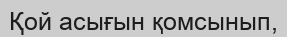
Қой асығын қомсынып,